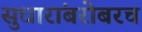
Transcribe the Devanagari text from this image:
सुधारांबरोबरच